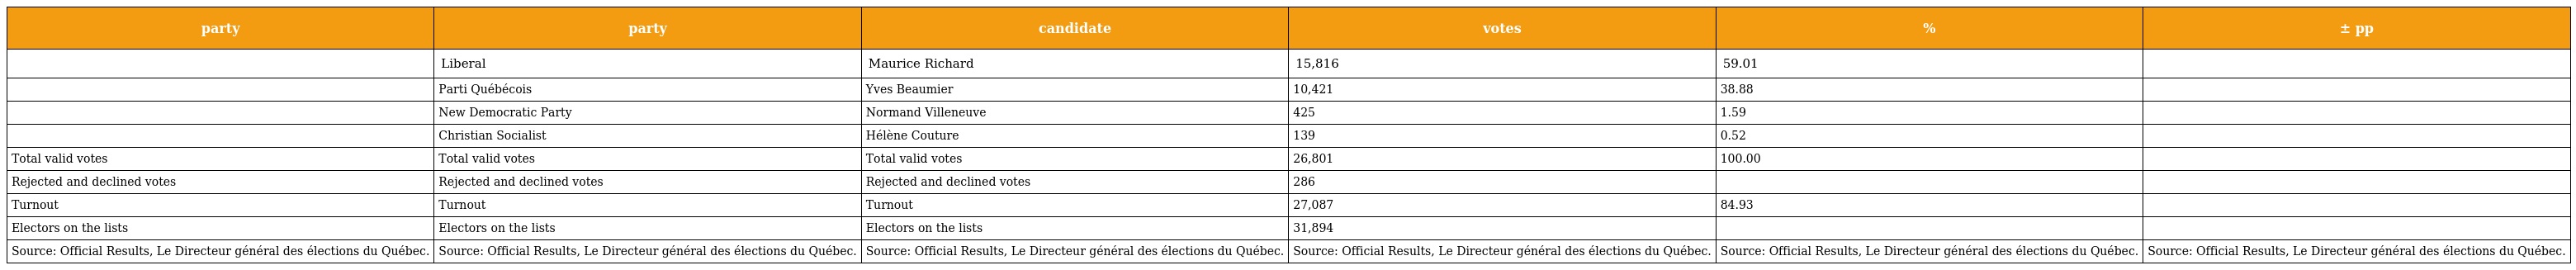
| party | party | candidate | votes | % | ± pp |
 | --- | --- | --- | --- | --- | --- |
 |  | Liberal | Maurice Richard | 15,816 | 59.01 |  |
 |  | Parti Québécois | Yves Beaumier | 10,421 | 38.88 |  |
 |  | New Democratic Party | Normand Villeneuve | 425 | 1.59 |  |
 |  | Christian Socialist | Hélène Couture | 139 | 0.52 |  |
 | Total valid votes | Total valid votes | Total valid votes | 26,801 | 100.00 |  |
 | Rejected and declined votes | Rejected and declined votes | Rejected and declined votes | 286 |  |  |
 | Turnout | Turnout | Turnout | 27,087 | 84.93 |  |
 | Electors on the lists | Electors on the lists | Electors on the lists | 31,894 |  |  |
 | Source: Official Results, Le Directeur général des élections du Québec. | Source: Official Results, Le Directeur général des élections du Québec. | Source: Official Results, Le Directeur général des élections du Québec. | Source: Official Results, Le Directeur général des élections du Québec. | Source: Official Results, Le Directeur général des élections du Québec. | Source: Official Results, Le Directeur général des élections du Québec. |